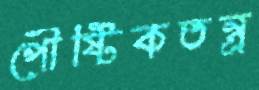
পৌষ্টিকতন্ত্র